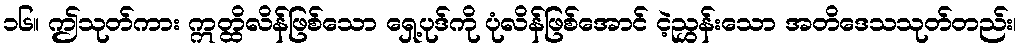
၁၆။ ဤသုတ်ကား ဣတ္ထိလိန်ဖြစ်သော ရှေ့ပုဒ်ကို ပုံလိန်ဖြစ်အောင် ငဲ့ညွှန်းသော အတိဒေသသုတ်တည်း၊